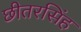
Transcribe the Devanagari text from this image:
छीतरसिंह